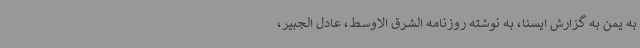
به یمن به گزارش ایسنا، به نوشته روزنامه الشرق الاوسط، عادل الجبیر،